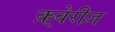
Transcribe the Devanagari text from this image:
क़्वेरीज़